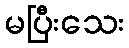
မပြီးသေး